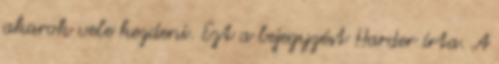
akarok vele kezdeni. Ezt a bejegyzést Harder írta. A